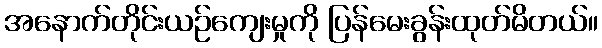
အနောက်တိုင်းယဉ်ကျေးမှုကို ပြန်မေးခွန်းထုတ်မိတယ်။